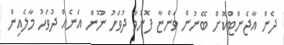
ދެން އާޖެންޓްކޮށް ބޭނުން ވަންޏާ ފޮނުވާ ދުވަހު ނޫން އަނެއް ދުވަހު މާލެއިން